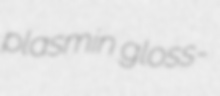
plasmin gloss-